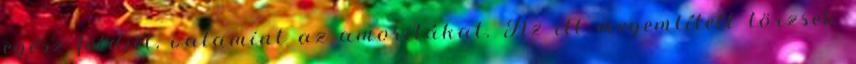
egész földjét, valamint az amoritákat. Az itt megemlített törzsek